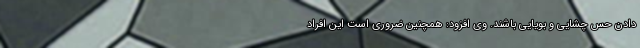
دادن حس چشایی و بویایی باشند. وی افزود: همچنین ضروری است این افراد